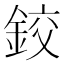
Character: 鉸